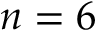
n = 6